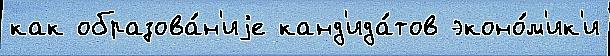
как образова́н'иjе канд'ида́тов эконо́м'ик'и